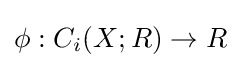
\phi :C_{i}(X;R)\to R